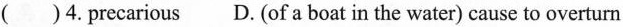
( )4. Precarious D. (of a boat in the water) cause to overturn